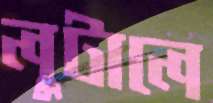
লুটালে